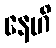
နေဟိ